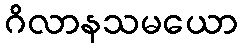
ဂိလာနသမယော